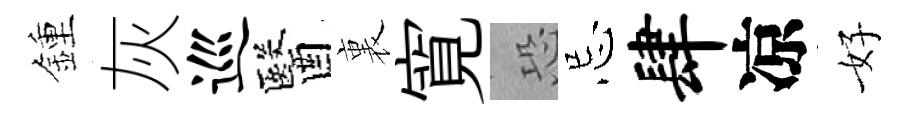
鍾灰巡醫裏寛恐忌肆凉好